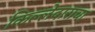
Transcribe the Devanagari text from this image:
किल्लेदाराचा